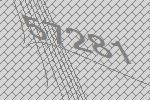
57281